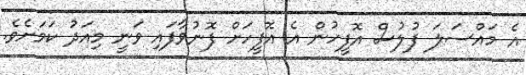
އެ މައްސަލަ ފުލުސް އޮފީހުން އެ އޮފީހަށް ފޮނުވާފައި ވަނީ މިއަދު ކަމަށެވެ.